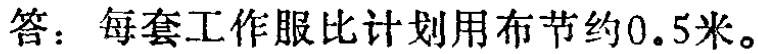
答：每套工作服比计划用布节约0.5米。